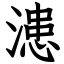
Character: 漶